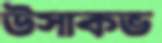
উসাকভ